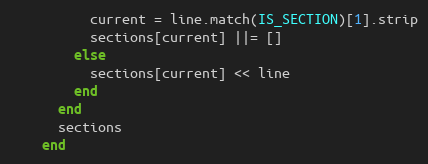
Language: Ruby
          current = line.match(IS_SECTION)[1].strip
          sections[current] ||= []
        else
          sections[current] << line
        end
      end
      sections
    end